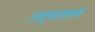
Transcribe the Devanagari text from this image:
लघुपातळ्या